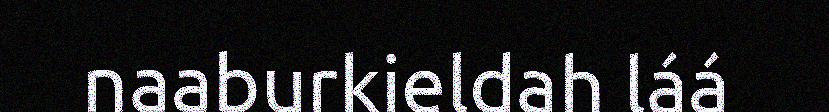
naaburkieldah láá